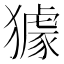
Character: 𤢓